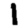
Digit: 1